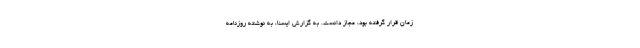
زمان قرار گرفته بود، مجاز دانست. به گزارش ایسنا، به نوشته روزنامه